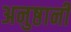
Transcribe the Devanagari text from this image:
अनुष्ठानी